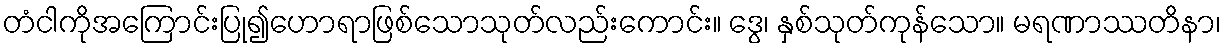
တံငါကိုအကြောင်းပြု၍ဟောရာဖြစ်သောသုတ်လည်းကောင်း။ ဒွေ၊ နှစ်သုတ်ကုန်သော။ မရဏာဿတိနာ၊